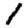
Digit: 1